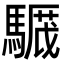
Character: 𩥸